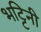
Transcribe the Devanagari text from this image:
भट्टिनी